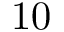
1 0